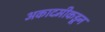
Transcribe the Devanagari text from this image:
अकादमीकडून